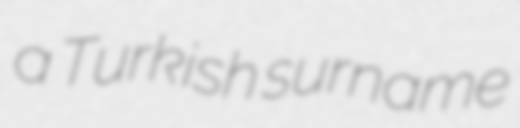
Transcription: a Turkish surname